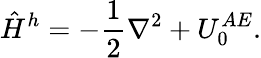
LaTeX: \hat{H}^{h}=-\frac{1}{2}{\mathbf\nabla}^{2}+U_{0}^{AE}.